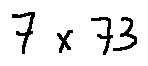
7 \times 7 3